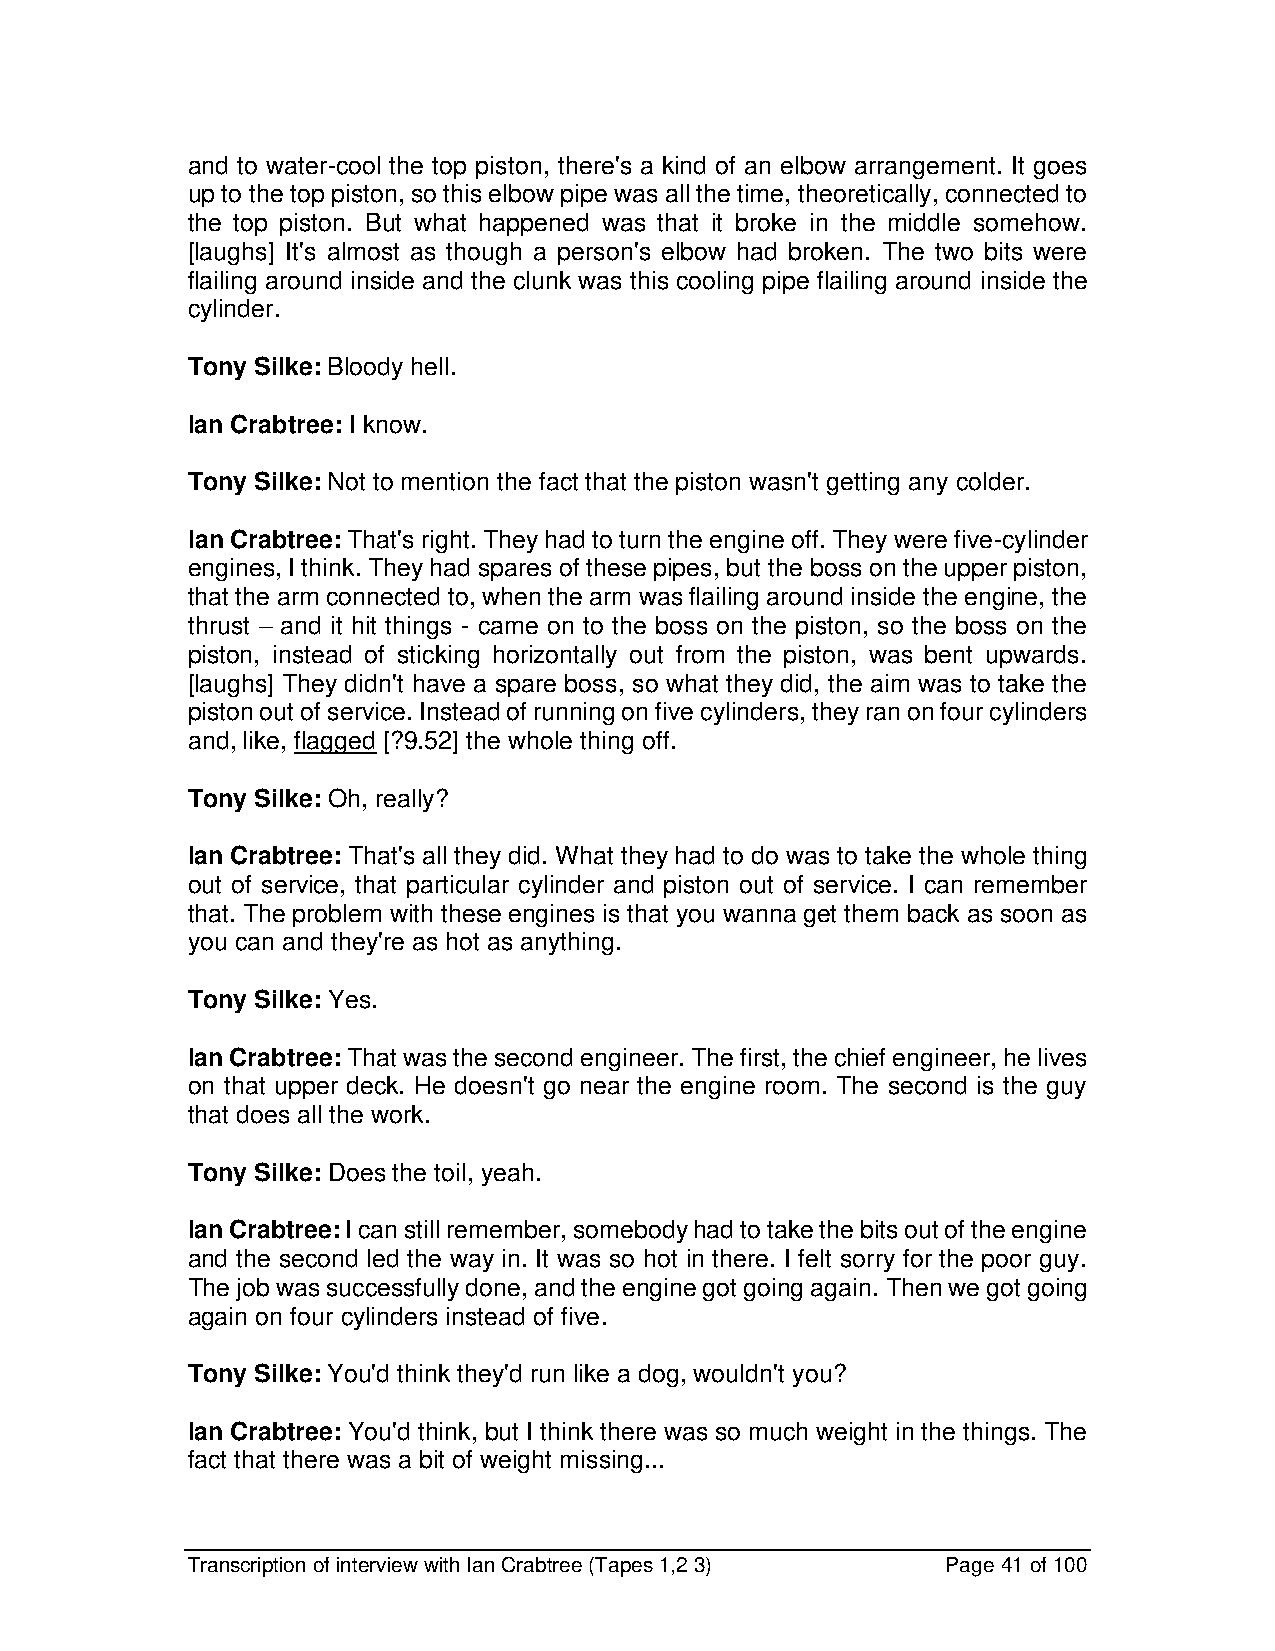
and to water-cool the top piston, there's a kind of an elbow arrangement. It goes
 up to the top piston, so this elbow pipe was all the time, theoretically, connected to
 the top piston. But what happened was that it broke in the middle somehow.
 [laughs] It's almost as though a person's elbow had broken. The two bits were
 flailing around inside and the clunk was this cooling pipe flailing around inside the
 cylinder.
 Tony Silke: Bloody hell.
 Ian Crabtree: I know.
 Tony Silke: Not to mention the fact that the piston wasn't getting any colder.
 Ian Crabtree: That's right. They had to turn the engine off. They were five-cylinder
 engines, I think. They had spares of these pipes, but the boss on the upper piston,
 that the arm connected to, when the arm was flailing around inside the engine, the
 thrust – and it hit things - came on to the boss on the piston, so the boss on the
 piston, instead of sticking horizontally out from the piston, was bent upwards.
 [laughs] They didn't have a spare boss, so what they did, the aim was to take the
 piston out of service. Instead of running on five cylinders, they ran on four cylinders
 and, like, flagged [?9.52] the whole thing off.
 Tony Silke: Oh, really?
 Ian Crabtree: That's all they did. What they had to do was to take the whole thing
 out of service, that particular cylinder and piston out of service. I can remember
 that. The problem with these engines is that you wanna get them back as soon as
 you can and they're as hot as anything.
 Tony Silke: Yes.
 Ian Crabtree: That was the second engineer. The first, the chief engineer, he lives
 on that upper deck. He doesn't go near the engine room. The second is the guy
 that does all the work.
 Tony Silke: Does the toil, yeah.
 Ian Crabtree: I can still remember, somebody had to take the bits out of the engine
 and the second led the way in. It was so hot in there. I felt sorry for the poor guy.
 The job was successfully done, and the engine got going again. Then we got going
 again on four cylinders instead of five.
 Tony Silke: You'd think they'd run like a dog, wouldn't you?
 Ian Crabtree: You'd think, but I think there was so much weight in the things. The
 fact that there was a bit of weight missing...
 Transcription of interview with Ian Crabtree (Tapes 1,2 3) Page 41 of 100